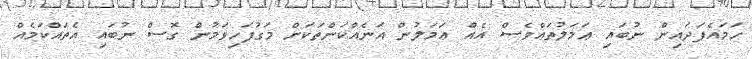
ހަމައެފަދައިން ނުބައި ޢަމަލުތައްވެސް އެއް ޢަމަލުން އަނެއްކަންތަކަށް މަގުފަހިވަމުން ގޮސް ނުބައި އެތައްކަމެއް